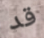
قد